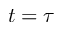
t = \tau